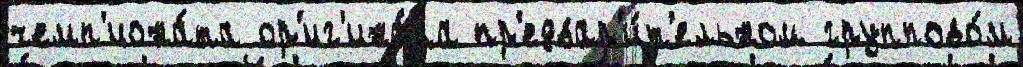
чемп'иона́та ор'иг'ина́ла пр'едвар'и́т'ельном группово́м